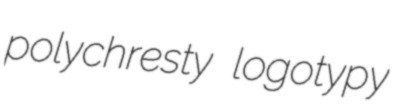
polychresty logotypy